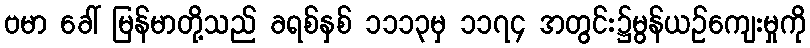
ဗမာ ခေါ် မြန်မာတို့သည် ခရစ်နှစ် ၁၁၁၃မှ ၁၁၇၄ အတွင်း၌မွန်ယဉ်ကျေးမှုကို